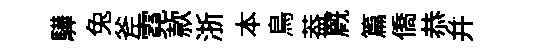
驊兔斧霓款浙本鳥葢廐篇僑恭幷